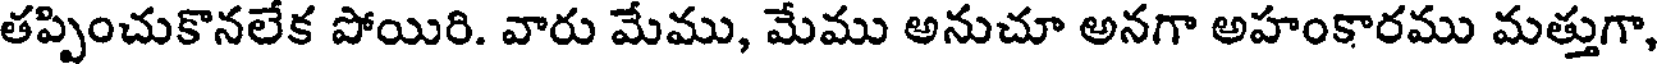
తప్పించుకొనలేక పోయిరి. వారు మేము, మేము అనుచూ అనగా అహంకారము మత్తుగా,